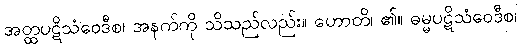
အတ္ထပဋိသံဝေဒီစ၊ အနက်ကို သိသည်လည်း။ ဟောတိ၊ ၏။ ဓမ္မပဋိသံဝေဒီစ၊